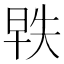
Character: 𬀵